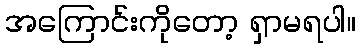
အကြောင်းကိုတော့ ရှာမရပါ။